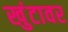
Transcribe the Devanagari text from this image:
खुंटावर